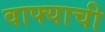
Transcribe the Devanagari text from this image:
वाफ्याची